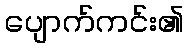
ပျောက်ကင်း၏